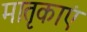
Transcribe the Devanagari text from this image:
मातृकाएं